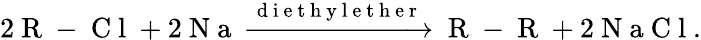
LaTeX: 2\mathrm{~R~-~C~l~}+2\mathrm{~N~a~}\xrightarrow[]{\mathrm{~d~i~e~t~h~y~l~e~t~h~e~r~}}\mathrm{~R~-~R~}+2\mathrm{~N~a~C~l~}.